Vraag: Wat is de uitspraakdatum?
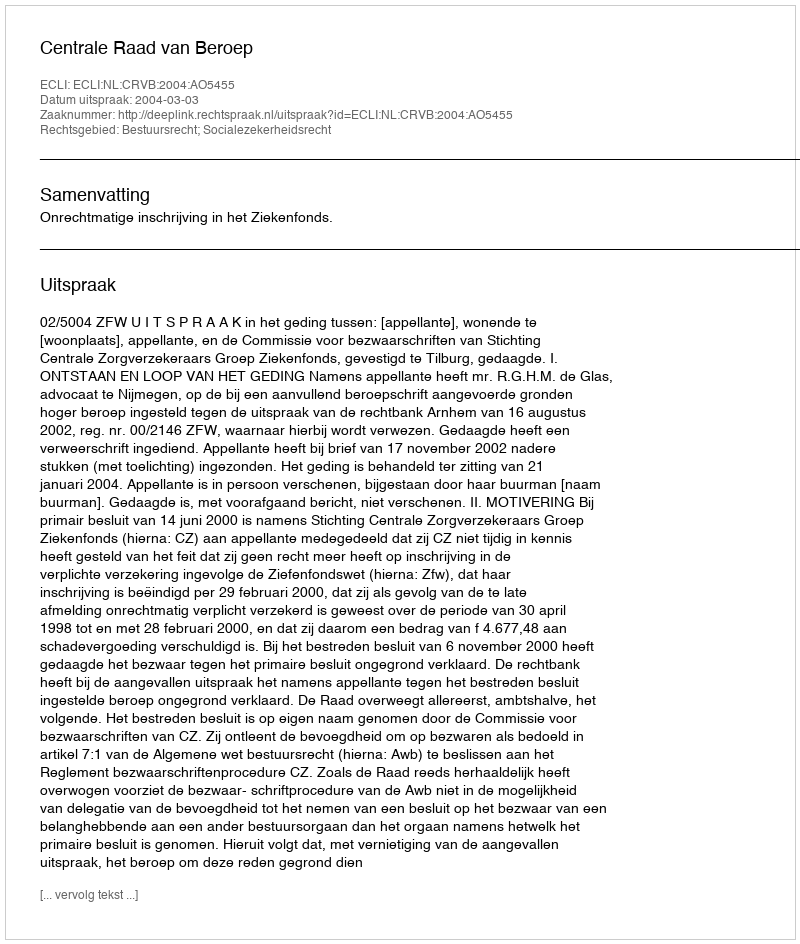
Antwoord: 2004-03-03